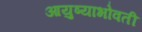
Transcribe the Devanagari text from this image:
आयुष्याभोवती